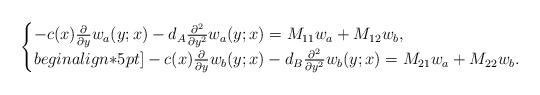
LaTeX: \begin{align*} \begin{cases} -c(x)\frac{\partial}{\partial y}w_a(y;x)-d_A\frac{\partial^2}{\partial y^2}w_a(y;x) = M_{11}w_a+M_{12}w_b, \\begin{align*}5pt] -c(x)\frac{\partial}{\partial y}w_b(y;x)-d_B\frac{\partial^2}{\partial y^2}w_b(y;x) = M_{21}w_a+M_{22}w_b. \end{cases}\end{align*}